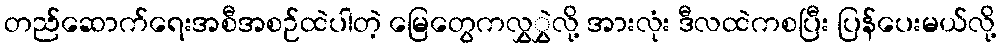
တည်ဆောက်ရေးအစီအစဉ်ထဲပါတဲ့ မြေတွေကလွှွှဲလို့ အားလုံး ဒီလထဲကစပြီး ပြန်ပေးမယ်လို့